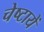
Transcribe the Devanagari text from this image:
चेष्‍टायें